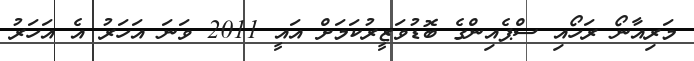
މަރިއާނޯ ރަހޯއި ސްޕެއިންގެ ބޮޑުވަޒީރުކަމަށް އައީ 2011 ވަނަ އަހަރު އެ އަހަރު